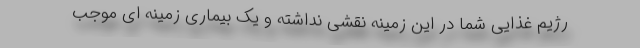
رژیم غذایی شما در این زمینه نقشی نداشته و یک بیماری زمینه ای موجب